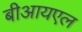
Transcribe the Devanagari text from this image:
बीआयएल